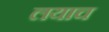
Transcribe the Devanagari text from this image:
लयाच